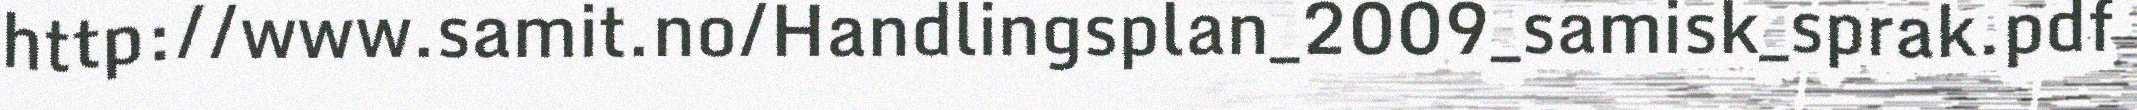
http://www.samit.no/Handlingsplan_2009_samisk_sprak.pdf